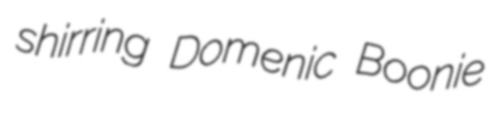
shirring Domenic Boonie